[Report on the health of British troops in the Madras command]
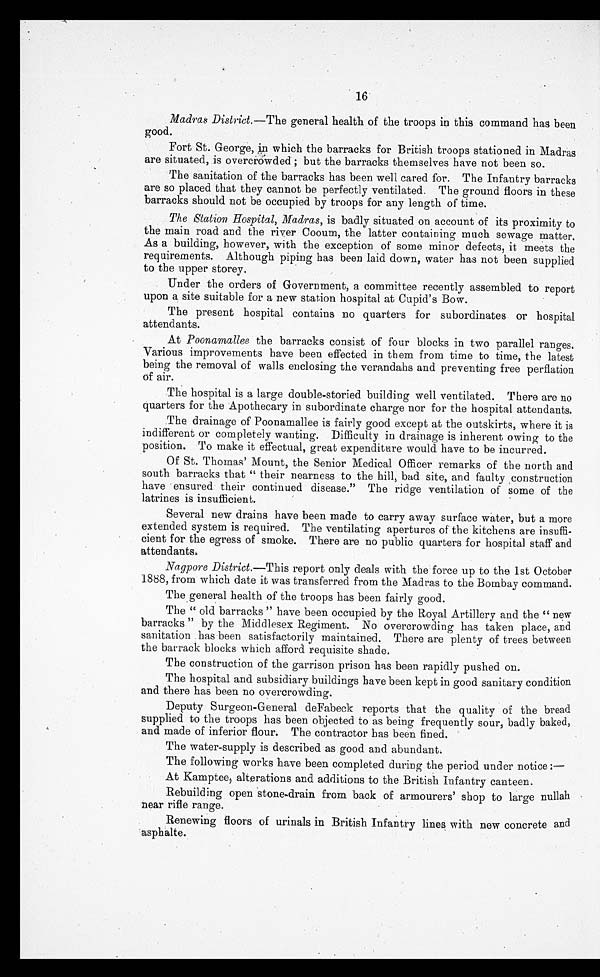
16
Madras District. —The general health of the troops in this command has been
good.
Fort St. George, in which the barracks for British troops stationed in Madras
are situated, is overcrowded; but the barracks themselves have not been so.
The sanitation of the barracks has been well cared for. The Infantry barracks
are so placed that they cannot be perfectly ventilated. The ground floors in these
barracks should not be occupied by troops for any length of time.
The Station Hospital, Madras, is badly situated on account of its proximity to
the main road and the river Cooum, the latter containing much sewage matter.
As a building, however, with the exception of some minor defects, it meets the
requirements. Although piping has been laid down, water has not been supplied
to the upper storey.
Under the orders of Government, a committee recently assembled to report
upon a site suitable for a new station hospital at Cupid's Bow.
The present hospital contains no quarters for subordinates or hospital
attendants.
At Poonamallee the barracks consist of four blocks in two parallel ranges.
Various improvements have been effected in them from time to time, the latest
being the removal of walls enclosing the verandahs and preventing free perflation
of air.
The hospital is a large double-storied building well ventilated. There are no
quarters for the Apothecary in subordinate charge nor for the hospital attendants.
The drainage of Poonamallee is fairly good except at the outskirts, where it is
indifferent or completely wanting. Difficulty in drainage is inherent owing to the
position. To make it effectual, great expenditure would have to be incurred.
Of St. Thomas' Mount, the Senior Medical Officer remarks of the north and
south barracks that "their nearness to the hill, bad site, and faulty construction
have ensured their continued disease." The ridge ventilation of some of the
latrines is insufficient.
Several new drains have been made to carry away surface water, but a more
extended system is required. The ventilating apertures of the kitchens are insuffi
-
cient for the egress of smoke. There are no public quarters for hospital staff and
attendants.
Nagpore District.— This report only deals with the force up to the 1st October
1888, from which date it was transferred from the Madras to the Bombay command.
The general health of the troops has been fairly good.
The "old barracks" have been occupied by the Royal Artillery and the "new
barracks" by the Middlesex Regiment. No overcrowding has taken place, and
sanitation has been satisfactorily maintained. There are plenty of trees between
the barrack blocks which afford requisite shade.
The construction of the garrison prison has been rapidly pushed on.
The hospital and subsidiary buildings have been kept in good sanitary condition
and there has been no overcrowding.
Deputy Surgeon-General deFabeck reports that the quality of the bread
supplied to the troops has been objected to as being frequently sour, badly baked,
and made of inferior flour. The contractor has been fined.
The water-supply is described as good and abundant.
The following works have been completed during the period under notice:—
At Kamptee, alterations and additions to the British Infantry canteen.
Rebuilding open stone-drain from back of armourers' shop to large nullah
near rifle range.
Renewing floors of urinals in British Infantry lines with new concrete and
asphalte.